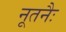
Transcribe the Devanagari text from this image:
नूतनैः